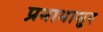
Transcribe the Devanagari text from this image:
प्रभाभासुर